Vital statistics of India. Vol. IV, Annual returns from 1871 to 1876. British Army of India, Native Army and jails of Bengal
Year: 1871
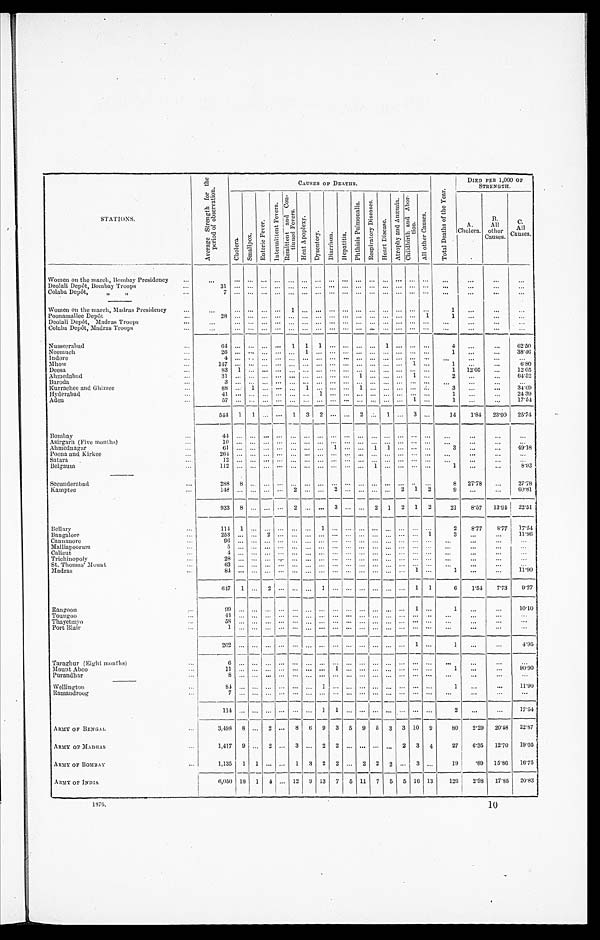
STATIONS.
A v e r a g e S t r e n g t h f o r t h e p e r i o d o f O b s e r v a t i o n s .
CAUSES OF DEATHS.
T o t a l D e a t h s o f t h e Y e a r .
DIED PER 1,000 or
STRENGTH.
Ch o l e r a .
S m a l l p o x . E n t e r i c F e v e r .
I n t e r m i t t e n t R e m i t t e n e n t a n d C o n -
t i n u e d F e v e r s .
H e a t A p o p l e x y . D y s e n t e r y .
D i a r h œ a .
H e p a t i t i s .
P h t h i s i s P u l m o n a l i s .
R e s p i r a t o r y D i s e a s e s . H e a r t D i s e a s e s .
A t r o p h y a n d A n æ m i a . C h i l d b i r t h a n d A b o r -
t r i o n .
A l l o t h e r c a s e s .
A.
Cholera.
All
other
Causes.
C. A
Causes.
Women on the march, Bombay Presidency
Deolali Depôt, Bombay Troops
31
Colaba Depôt, „ „
7
Women on the march, Madras Presidency
1
1
Poonamallee Depôt
28
1
Deolali Depôt, Madras Troops
Colaba Depôt, Madras Troops
Nusseerabad
64
1 1 1
1
4
62. 50
Neemuch
26
1
1
3 8 . 4 6
Indore
4
Mhow
1 4 7
1
1 12.05
6 . 8 0
Deesa
83 1
1
2
12.05
Ahmedabad
31
1
1
2
64.52
Baroda
3
Kurrachee and Ghizree
88
1
1
3
3 4 . 0 9
Hyderabad
41
1
1
2 4 . 3 9
Aden
5 7
1
1
17.54
544 1 1
1 3 2
2
1
3
14 1.84 23.90 25.74
Bombay
44
Asirgarh (Five months)
1 0
Ahmednagar
61
1
1 1
3
4 9 . 1 8
Poona and Kirkee
264
Satara
1 2
Belgaum
1 1 2
1
1
8.93
Secunderabad
288 8
8 2 7 . 7 8
27.78
Kamptee
148
2
2
2 1 2 9
60.81
933 8
2
3
2 1 2 1 2
21 8.57 13.94 2 2 . 5 1
Bellary
1 1 4 1
1
2 8.77 8.77 17.54
Bangalore
2 5 3
2
1 3
11.86
Cannanore
9 6
Malliapoorum
5
Calicut
4
Trichinopoly
28
St. Thomas' Mount
63
Madras
8 4
1
1
11.90
6 4 7 1
2
1
1 1 6
1. 54 7.73 9.27
Rangoon
9 9
1
1
10.10
Toungoo
4 4
Thayetmyo
58
Port Blair
1
2 0 2
1
1
4.95
Taraghur (Eight months)
6
Mount Aboo
11
1
1
90.90
Purandhar
8
Wellington
84
1
1
1 1 . 9 0
Ramandroog
7
1 1 4
1 1
2
17.54
ARMY OF BENGAL
3,498 8
2 8 6 9 3 5 9 5 3 3
1 0 9
8 0
2.9 20.8 22.87
ARMY OF MADRAS
1,417 9
2
3
2 2
2 3 4 27
6 . 3 5 12. 70 19.05
ARMY OF BOMBAY
1,135 1 1
1 3 2 2
2 2 2
3
1 9
.89 15.86 16.75
ARMY OF I NDI A
6,050 1 8
1 4
12 9 13 7 5 1 1 7 5 5
1 6 1 3
125 2. 98 17. 85 20.83
1876.
10